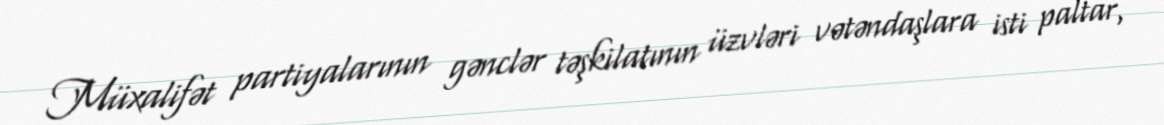
Müxalifət partiyalarının gənclər təşkilatının üzvləri vətəndaşlara isti paltar,